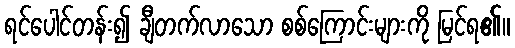
ရင်ပေါင်တန်း၍ ချီတက်လာသော စစ်ကြောင်းများကို မြင်ရ၏။